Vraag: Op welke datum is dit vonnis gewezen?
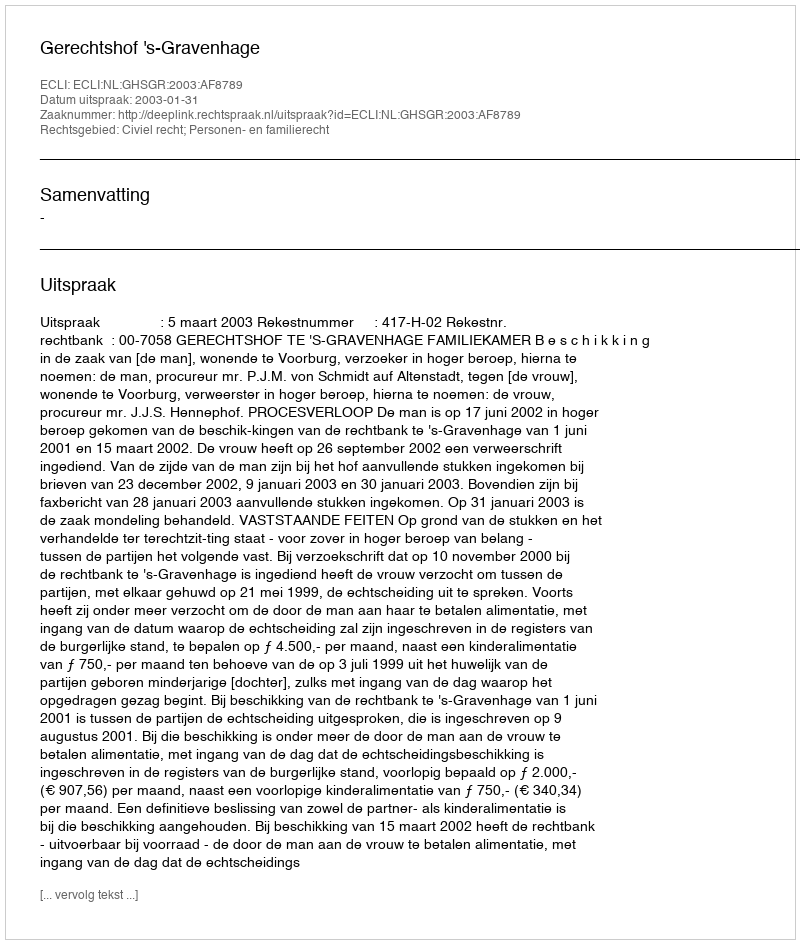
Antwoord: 2003-01-31